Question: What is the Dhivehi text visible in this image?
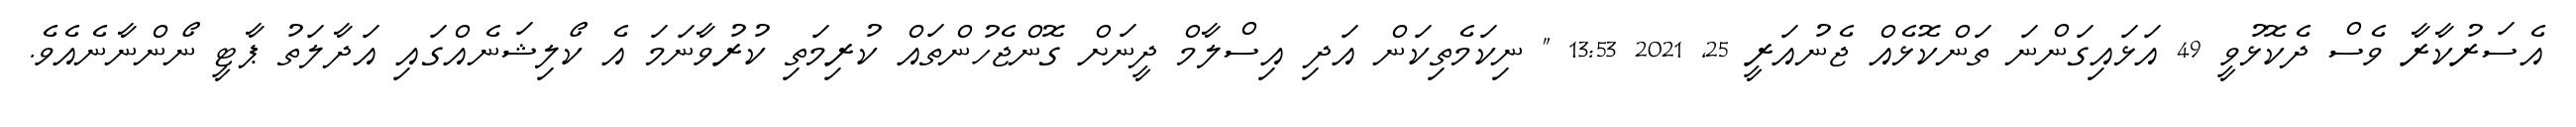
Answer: އެސަރުކާރާ ވެސް ދެކޮޅުވީ 49 އަޅައިގަންނަ ތަންކޮޅެއް ޖެނުއަރީ 25, 2021 13:53 " ނިކަމެތިކަން އަދި އިސްލާމް ދީނަށް ގޮންޖެހުންތައް ކުރިމަތި ކުރުވާނަމަ އެ ކޯލިޝަނެއްގައި އަދާލަތު ޕާޓީ ނޯންނާނެއެވެ.